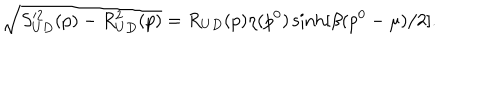
\sqrt { S _ { U D } ^ { \prime 2 } ( p ) - R _ { U D } ^ { 2 } ( p ) } = R _ { U D } ( p ) \eta ( p ^ { 0 } ) \sinh [ \beta ( p ^ { 0 } - \mu ) / 2 ] .